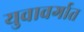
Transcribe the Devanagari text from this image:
युवावर्गात